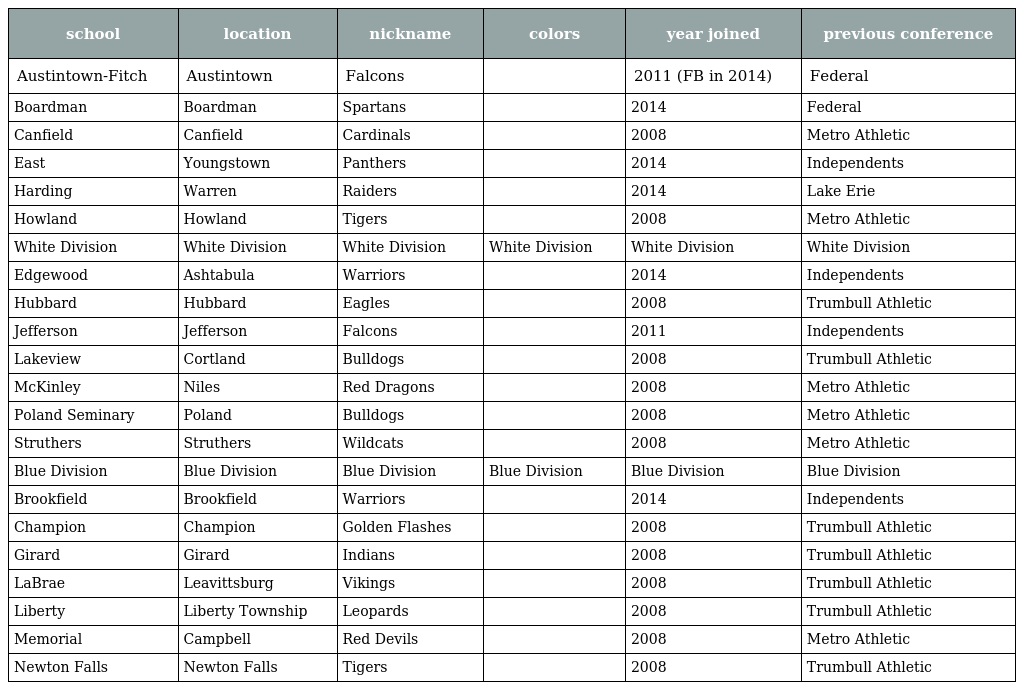
| school | location | nickname | colors | year joined | previous conference |
 | --- | --- | --- | --- | --- | --- |
 | Austintown-Fitch | Austintown | Falcons |  | 2011 (FB in 2014) | Federal |
 | Boardman | Boardman | Spartans |  | 2014 | Federal |
 | Canfield | Canfield | Cardinals |  | 2008 | Metro Athletic |
 | East | Youngstown | Panthers |  | 2014 | Independents |
 | Harding | Warren | Raiders |  | 2014 | Lake Erie |
 | Howland | Howland | Tigers |  | 2008 | Metro Athletic |
 | White Division | White Division | White Division | White Division | White Division | White Division |
 | Edgewood | Ashtabula | Warriors |  | 2014 | Independents |
 | Hubbard | Hubbard | Eagles |  | 2008 | Trumbull Athletic |
 | Jefferson | Jefferson | Falcons |  | 2011 | Independents |
 | Lakeview | Cortland | Bulldogs |  | 2008 | Trumbull Athletic |
 | McKinley | Niles | Red Dragons |  | 2008 | Metro Athletic |
 | Poland Seminary | Poland | Bulldogs |  | 2008 | Metro Athletic |
 | Struthers | Struthers | Wildcats |  | 2008 | Metro Athletic |
 | Blue Division | Blue Division | Blue Division | Blue Division | Blue Division | Blue Division |
 | Brookfield | Brookfield | Warriors |  | 2014 | Independents |
 | Champion | Champion | Golden Flashes |  | 2008 | Trumbull Athletic |
 | Girard | Girard | Indians |  | 2008 | Trumbull Athletic |
 | LaBrae | Leavittsburg | Vikings |  | 2008 | Trumbull Athletic |
 | Liberty | Liberty Township | Leopards |  | 2008 | Trumbull Athletic |
 | Memorial | Campbell | Red Devils |  | 2008 | Metro Athletic |
 | Newton Falls | Newton Falls | Tigers |  | 2008 | Trumbull Athletic |